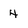
Character: 4